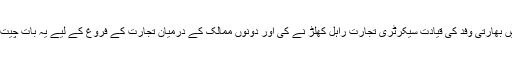
دوروزہ مذاکرات میں بھارتی وفد کی قیادت سیکرٹری تجارت راہل کھلڑ نے کی اور دونوں ممالک کے درمیان تجارت کے فروغ کے لیے یہ بات چیت کا پانچواں دور تھا۔